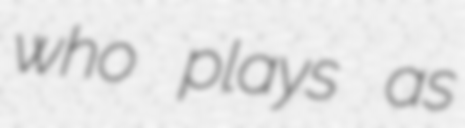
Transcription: who plays as